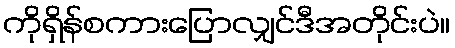
ကိုရှိန်စကားပြောလျှင်ဒီအတိုင်းပဲ။